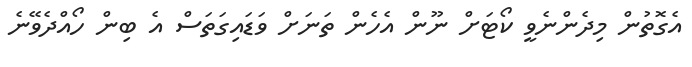
އެގޮތުން މިދެންނެވީ ކޯޓަށް ނޫން އެހެން ތަނަށް ވަޑައިގަތަސް އެ ބިން ހޯއްދެވޭނެ